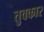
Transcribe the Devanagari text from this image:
तुवकार